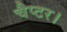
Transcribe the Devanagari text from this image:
चैप्टर।